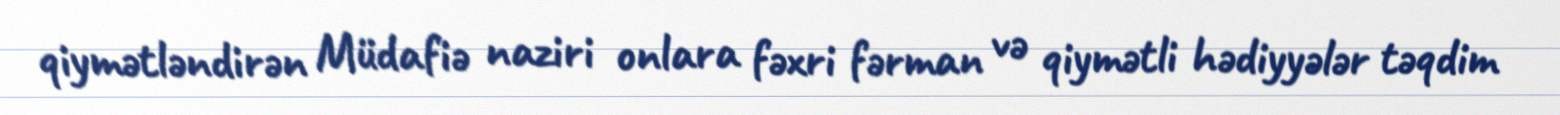
qiymətləndirən Müdafiə naziri onlara fəxri fərman və qiymətli hədiyyələr təqdim